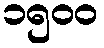
၁၅၀၀